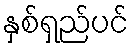
နှစ်ရှည်ပင်